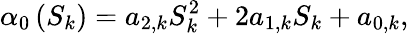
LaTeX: \displaystyle\alpha_{0}\left(S_{k}\right)=a_{2,k}S_{k}^{2}+2a_{1,k}S_{k}+a_{0,k},